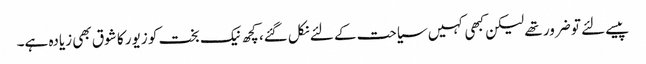
پیسے لئے تو ضرور تھے لیکن کبھی کہیں سیاحت کے لئے نکل گئے، کچھ نیک بخت کو زیور کا شوق بھی زیادہ ہے۔